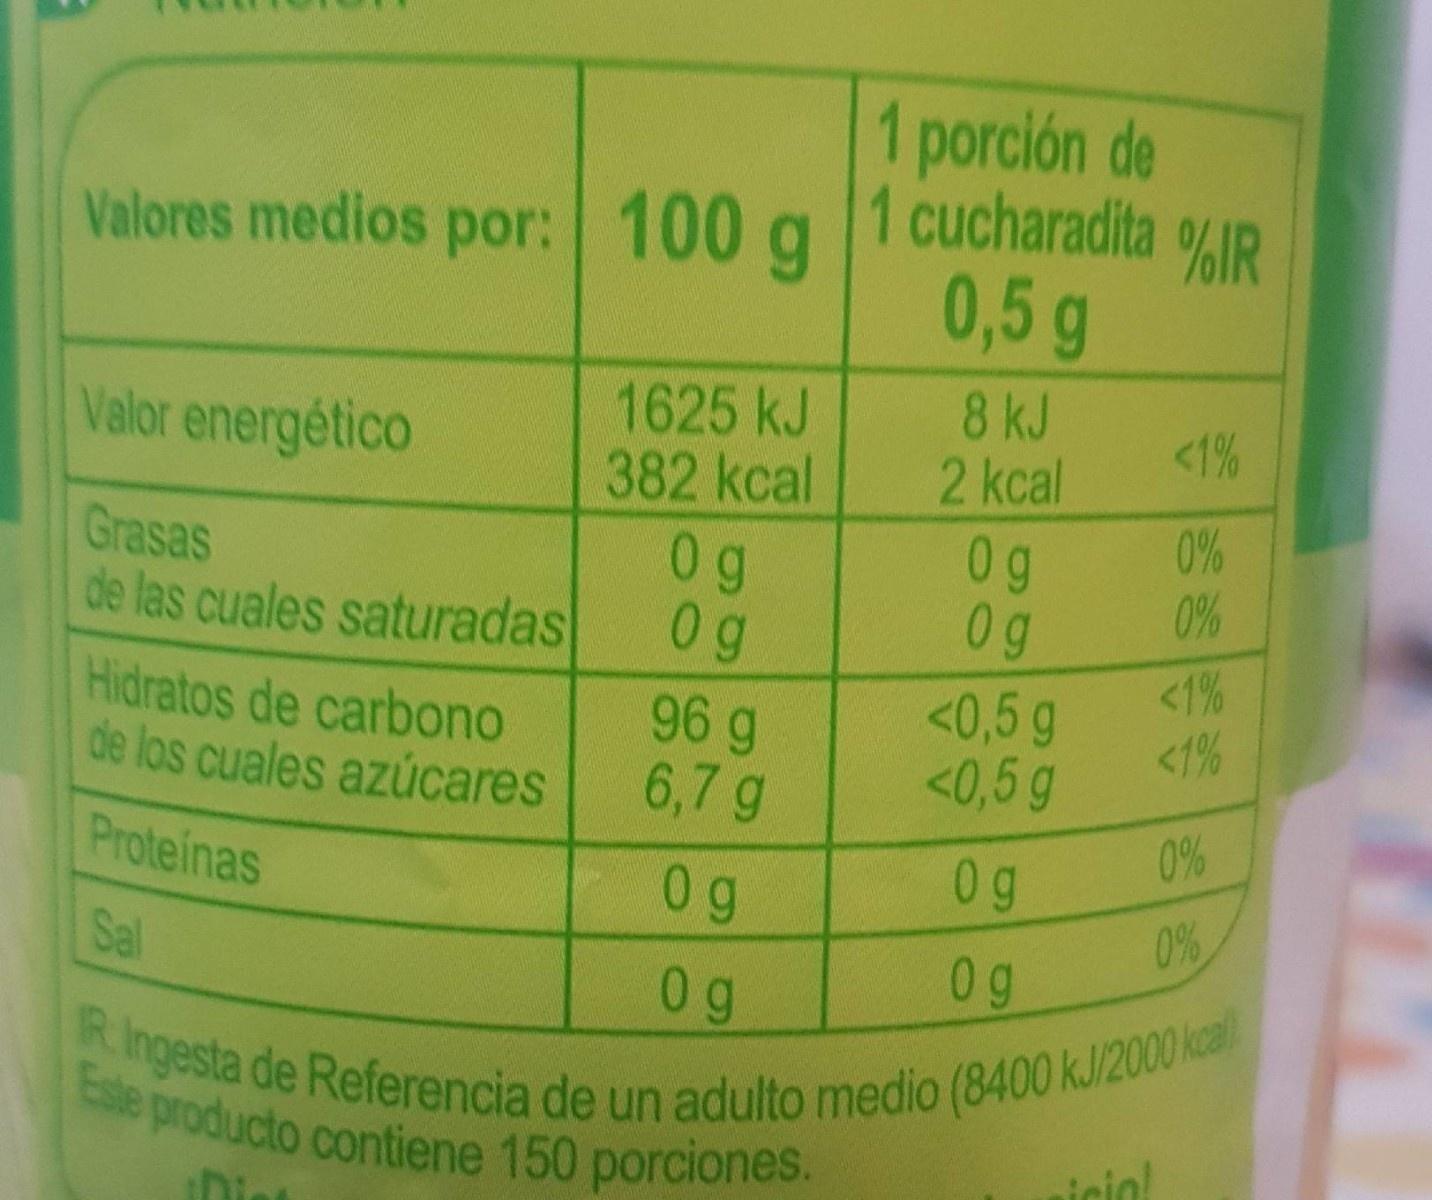
porción de 1 cucharadita %IR 0,5 g Valores medios por: 100 g 1625 kJ 382 kcal 8 kJ 2 kcal Valor energético <1% 0% 0% Grasas de las cuales saturadas 0g 0g 0g 0 g <1% Hidratos de carbono de los cuales azúcares <0,5 g <0,5 g 96 g 6,7 g <1% Proteinas 0% 0g 0g 0% Sal 0g 0g R Ingesta de Referencia de un adulto medio (8400 kJ/2000 kcal Este producto contiene 150 porciones. icio!